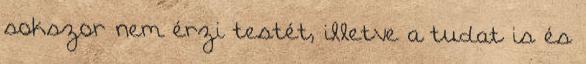
sokszor nem érzi testét, illetve a tudat is és